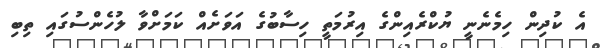
އެ ކުދިން ހިމެނެނީ ޔުކްރެއިންގެ އިރުމަތީ ހިސާބުގެ އަވަށެއް ކަމަށްވާ ލުހެންސުގައި ތިބި